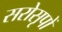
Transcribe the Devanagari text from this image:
सरोसृपों